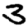
Digit: 3